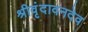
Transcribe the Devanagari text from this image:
श्रीवृंदावनदेव